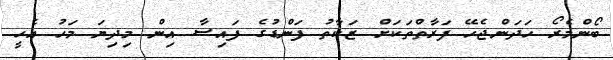
ބޯންމެރޯ ހަދަންޖެހޭ ފަރާތްތަކަށް ޒަކާތު ފަންޑުގެ ފައިސާ އިން މިދިޔަ މަހު އެހީ